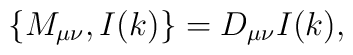
\left\{ M_{\mu \nu },I(k)\right\} =D_{\mu \nu }I(k),